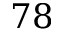
7 8